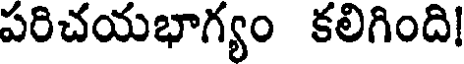
పరిచయభాగ్యం కలిగింది!